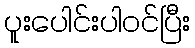
ပူးပေါင်းပါဝင်ပြီး